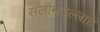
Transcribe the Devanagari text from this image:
सलीमउल्लाह